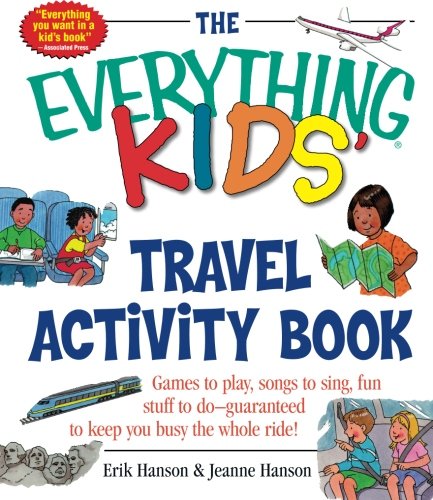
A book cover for The Everything Kids' Travel Activity Book: Games to Play, Songs to Sing, Fun Stuff to Do -  Guaranteed to Keep You Busy the Whole Ride!; Erik A. Hanson; Children's Books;